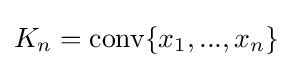
K_{n}={\text{conv}}\{x_{1},...,x_{n}\}